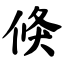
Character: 倏